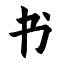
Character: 书